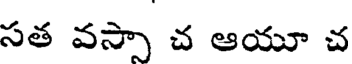
సత వస్సా చ ఆయూ చ